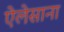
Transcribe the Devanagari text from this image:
ऐलेसाना